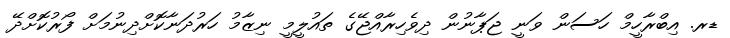
ޑރ. އިބްރާހީމް ހަސަން ވަނީ ޖަޕާނުން ދިވެހިރާއްޖޭގެ ތައުލީމީ ނިޒާމު ހަރުދަނާކޮށްދިނުމަށް ފޯރުކޮށްދޭ